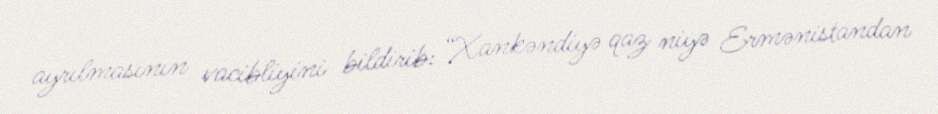
ayrılmasının vacibliyini bildirib: “Xankəndiyə qaz niyə Ermənistandan